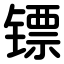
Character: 镖